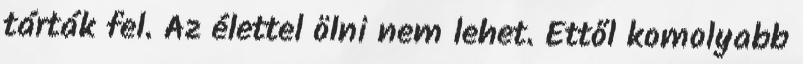
tárták fel. Az élettel ölni nem lehet. Ettől komolyabb